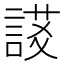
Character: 𧩃